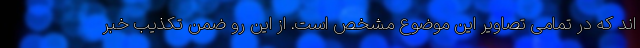
اند که در تمامی تصاویر این موضوع مشخص است. از این رو ضمن تکذیب خبر